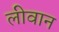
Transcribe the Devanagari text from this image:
लीवान